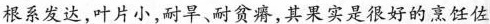
根系发达，叶片小，耐旱、耐贫瘠，其果实是很好的烹饪佐